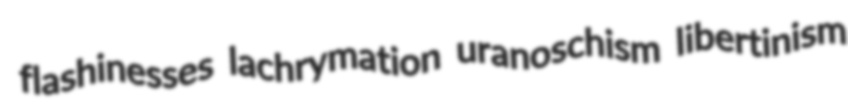
flashinesses lachrymation uranoschism libertinism